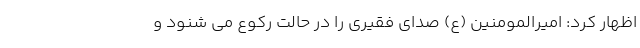
اظهار کرد: امیرالمومنین (ع) صدای فقیری را در حالت رکوع می شنود و